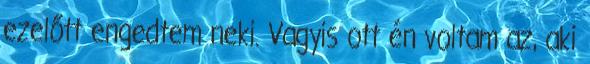
ezelőtt engedtem neki. Vagyis ott én voltam az, aki